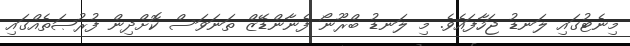
މިނެޓުގައި ލަނޑު ޖަހާފައެވެ. މި ލަނޑު ބްރޫނޯ ފެނާންޑޭޒް ތަނަވަސް ކޮށްދިން ފުރުޞަތެއްގައި